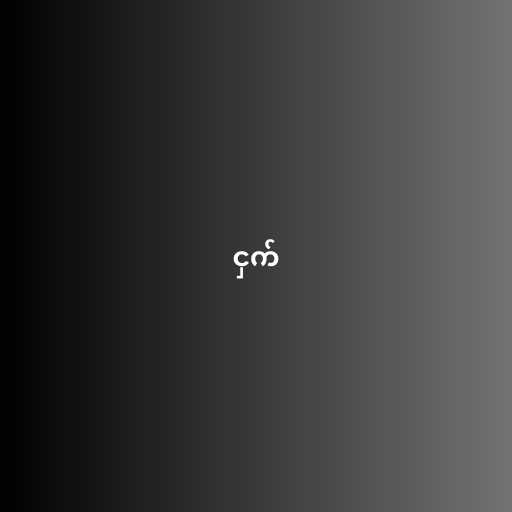
ငှက်